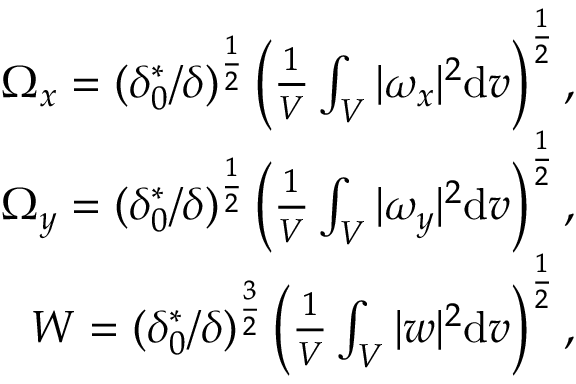
\begin{array} { r } { \Omega _ { x } = ( \delta _ { 0 } ^ { * } / \delta ) ^ { \frac { 1 } { 2 } } \left( \frac { 1 } { V } \int _ { V } | \omega _ { x } | ^ { 2 } \mathrm d v \right) ^ { \frac { 1 } { 2 } } , } \\ { \Omega _ { y } = ( \delta _ { 0 } ^ { * } / \delta ) ^ { \frac { 1 } { 2 } } \left( \frac { 1 } { V } \int _ { V } | \omega _ { y } | ^ { 2 } \mathrm d v \right) ^ { \frac { 1 } { 2 } } , } \\ { W = ( \delta _ { 0 } ^ { * } / \delta ) ^ { \frac { 3 } { 2 } } \left( \frac { 1 } { V } \int _ { V } | w | ^ { 2 } \mathrm d v \right) ^ { \frac { 1 } { 2 } } , } \end{array}